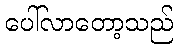
ပေါ်လာတော့သည်